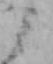
ミ